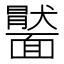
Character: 𩉂